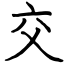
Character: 交